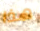
هذا